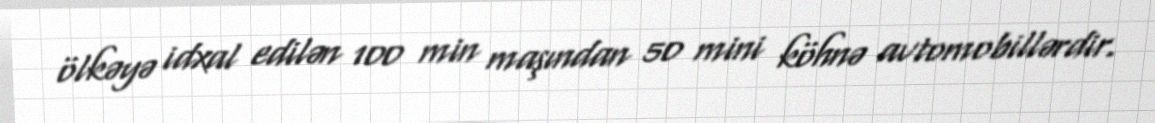
ölkəyə idxal edilən 100 min maşından 50 mini köhnə avtomobillərdir.